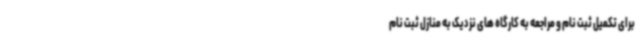
برای تکمیل ثبت نام و مراجعه به کارگاه های نزدیک به منازل ثبت نام